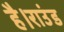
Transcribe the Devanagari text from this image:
है।राउंड